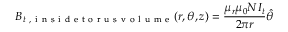
\boldsymbol { B _ { t \mathrm { ~ , ~ i ~ n ~ s ~ i ~ d ~ e ~ t ~ o ~ r ~ u ~ s ~ v ~ o ~ l ~ u ~ m ~ e ~ } } } ( r , \theta , z ) = \frac { \mu _ { r } \mu _ { 0 } N I _ { t } } { 2 \pi r } \hat { \theta }